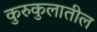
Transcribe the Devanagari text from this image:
कुरुकुलातील